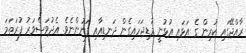
ރާއްޖޭގައި ކުރިން ގެ އަޅައި އުޅުނީ މުޑިޖަހައިގެން ދަނޑިއާއި ފަނުންނެވެ. އެދުވަސްވަރު ފުރަތަމަ